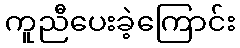
ကူညီပေးခဲ့ကြောင်း